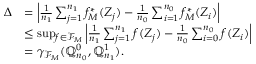
\begin{array} { r l } { \Delta } & { = \left| \frac { 1 } { n _ { 1 } } \sum _ { j = 1 } ^ { n _ { 1 } } f _ { M } ^ { * } ( Z _ { j } ) - \frac { 1 } { n _ { 0 } } \sum _ { i = 1 } ^ { n _ { 0 } } f _ { M } ^ { * } ( Z _ { i } ) \right| } \\ & { \leq \operatorname* { s u p } _ { f \in \mathcal { F } _ { M } } \left| \frac { 1 } { n _ { 1 } } \sum _ { j = 1 } ^ { n _ { 1 } } f ( Z _ { j } ) - \frac { 1 } { n _ { 0 } } \sum _ { i = 0 } ^ { n _ { 0 } } f ( Z _ { i } ) \right| } \\ & { = \gamma _ { \mathcal { F } _ { M } } ( \mathbb { Q } _ { n _ { 0 } } ^ { 0 } , \mathbb { Q } _ { n _ { 1 } } ^ { 1 } ) . } \end{array}